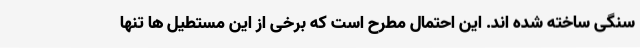
سنگی ساخته شده اند. این احتمال مطرح است که برخی از این مستطیل ها تنها